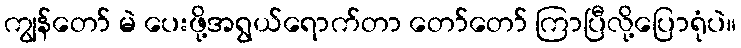
ကျွန်တော် မဲ ပေးဖို့အရွယ်ရောက်တာ တော်တော် ကြာပြီလို့ပြောရုံပဲ။